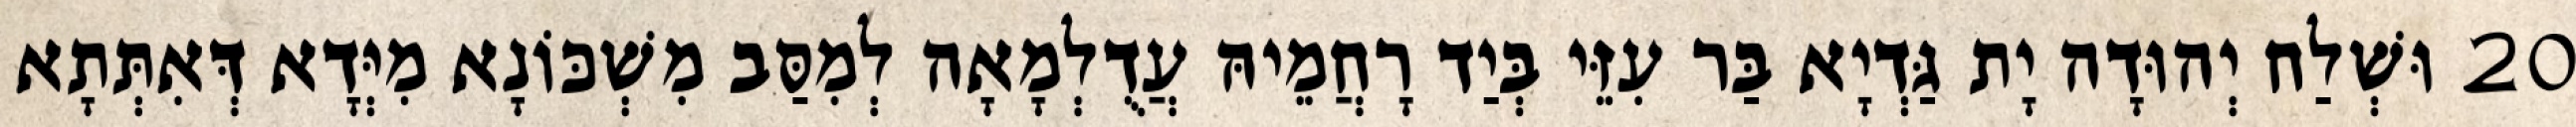
20 וּשְׁלַח יְהוּדָה יָת גַּדְיָא בַּר עִזֵּי בְּיַד רָחֲמֵיהּ עֲדֻלְמָאָה לְמִסַּב מִשְׁכּוֹנָא מִיְּדָא דְּאִתְּתָא